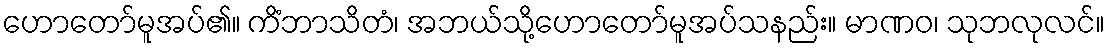
ဟောတော်မူအပ်၏။ ကိံဘာသိတံ၊ အဘယ်သို့ဟောတော်မူအပ်သနည်း။ မာဏဝ၊ သုဘလုလင်။